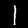
Label: 1